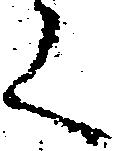
く